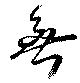
無